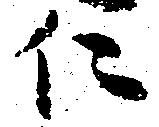
に